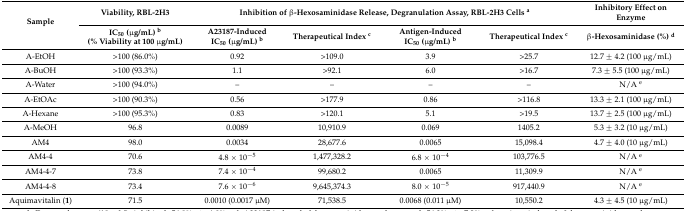
| <ROWSPAN=2> Sample | Viability, RBL-2H3 | <COLSPAN=4> Inhibition of β-Hexosaminidase Release, Degranulation Assay, RBL-2H3 Cells a | Inhibitory Effect on Enzyme |
 | IC50 (μg/mL) b (% Viability at 100 μg/mL) | A23187-Induced IC50 (μg/mL) b | Therapeutical Index c | Antigen-Induced IC50 (μg/mL) b | Therapeutical Index c | β-Hexosaminidase (%) d |
 | --- | --- | --- | --- | --- | --- | --- |
 | A-EtOH | >100 (86.0%) | 0.92 | >109.0 | 3.9 | >25.7 | 12.7 ± 4.2 (100 μg/mL) |
 | A-BuOH | >100 (93.3%) | 1.1 | >92.1 | 6.0 | >16.7 | 7.3 ± 5.5 (100 μg/mL) |
 | A-Water | >100 (94.0%) | – | – | – | – | N/A e |
 | A-EtOAc | >100 (90.3%) | 0.56 | >177.9 | 0.86 | >116.8 | 13.3 ± 2.1 (100 μg/mL) |
 | A-Hexane | >100 (95.3%) | 0.83 | >120.1 | 5.1 | >19.5 | 13.7 ± 2.5 (100 μg/mL) |
 | A-MeOH | 96.8 | 0.0089 | 10,910.9 | 0.069 | 1405.2 | 5.3 ± 3.2 (10 μg/mL) |
 | AM4 | 98.0 | 0.0034 | 28,677.6 | 0.0065 | 15,098.4 | 4.7 ± 4.0 (10 μg/mL) |
 | AM4-4 | 70.6 | 4.8 × 10−5 | 1,477,328.2 | 6.8 × 10−4 | 103,776.5 | N/A e |
 | AM4-4-7 | 73.8 | 7.4 × 10−4 | 99,680.2 | 0.0065 | 11,309.9 | N/A e |
 | AM4-4-8 | 73.4 | 7.6 × 10−6 | 9,645,374.3 | 8.0 × 10−5 | 917,440.9 | N/A e |
 | Aquimavitalin (1) | 71.5 | 0.0010 (0.0017 μM) | 71,538.5 | 0.0068 (0.011 μM) | 10,550.2 | 4.3 ± 4.5 (10 μg/mL) |